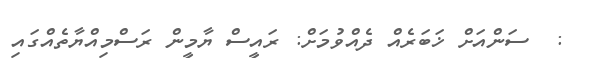
:  ސަންއަށް ޚަބަރެއް ދެއްވުމަށް: ރައީސް ޔާމީން ރަސްމިއްޔާތެއްގައި